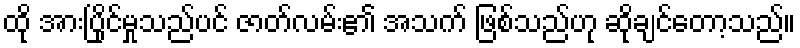
ထို အားပြိုင်မှုသည်ပင် ဇာတ်လမ်း၏ အသက် ဖြစ်သည်ဟု ဆိုချင်တော့သည်။